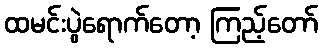
ထမင်းပွဲရောက်တော့ ကြည့်တော်